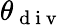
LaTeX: \theta_{\mathrm{~d~i~v~}}